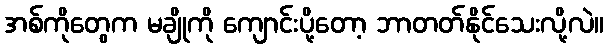
အစ်ကိုတွေက မချိုကို ကျောင်းပို့တော့ ဘာတတ်နိုင်သေးလို့လဲ။